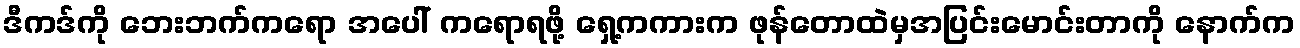
ဒီကဒ်ကို ဘေးဘက်ကရော အပေါ် ကရောရဖို့ ရှေ့ကကားက ဖုန်တောထဲမှအပြင်းမောင်းတာကို နောက်က